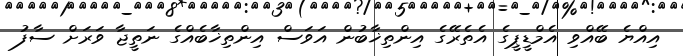
އިއްޔެ ބޭއްވި އެމްޑީޕީގެ އެތެރޭގެ އިންތިޚާބުން އަވަސް އިންތިޚާބެއްގެ ނަތީޖާ ވަރަށް ސާފު